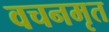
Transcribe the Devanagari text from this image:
वचनमृत